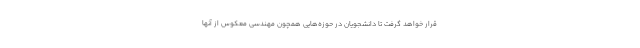
قرار خواهد گرفت تا دانشجویان در حوزه‌هایی همچون مهندسی معکوس از آنها